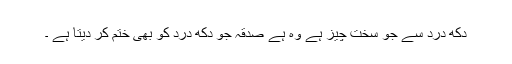
دکھ درد سے جو سخت چیز ہے وہ ہے صدقہ جو دکھ درد کو بھی ختم کر دیتا ہے ۔